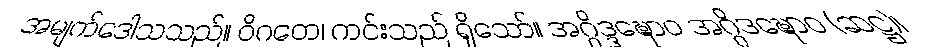
အမျက်ဒေါသသည်။ ဝိဂတေ၊ ကင်းသည် ရှိသော်။ အဂ္ဂိဒ္ဒဍ္ဎောဝ အဂ္ဂိဒဍ္ဎောဝ (ဆဋ္ဌ)၊